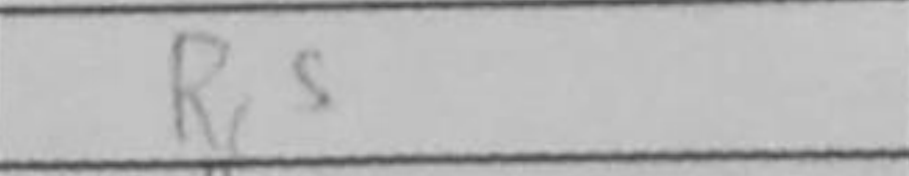
Transcription: Rc5